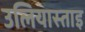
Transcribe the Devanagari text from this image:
उलियास्ताइ